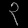
Digit: ၃